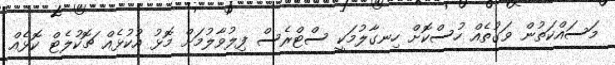
މަސައްކަތުން ވަގުތެއް ހުސްކޮށް ހިނގާލުމަކީ ސްޓްރެސް ފިލުވާލުމަށް މޮޅު އުކުޅެއް ޗޮކުލެޓް ކޮޅެއް